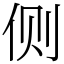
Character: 侧